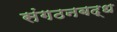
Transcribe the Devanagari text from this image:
संगठनबद्ध